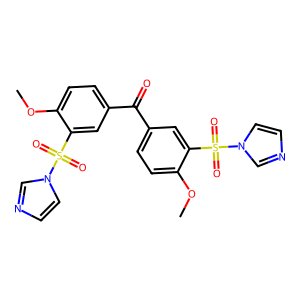
SMILES: COc1ccc(C(=O)c2ccc(OC)c(S(=O)(=O)n3ccnc3)c2)cc1S(=O)(=O)n1ccnc1
Inhibits HIV replication: No